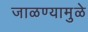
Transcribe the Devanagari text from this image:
जाळण्यामुळे